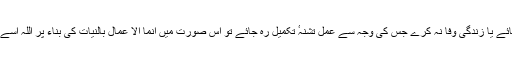
اگر عمل میں کوئی مانع سد راہ ہو جائے یا زندگی وفا نہ کرے جس کی وجہ سے عمل تشنہٴ تکمیل رہ جائے تو اس صورت میں انما الا عمال بالنیات کی بناء پر اللہ اسے اجرو ثواب سے محروم نہ کرے گا۔